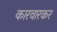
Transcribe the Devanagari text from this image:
कारवारकर